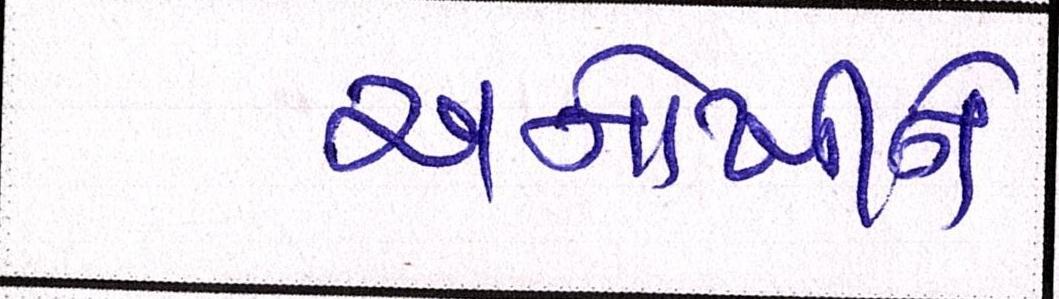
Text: અનોખીને